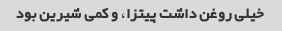
خیلی روغن داشت پیتزا، و کمی شیرین بود